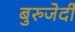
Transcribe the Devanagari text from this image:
बुरुजेर्दी